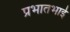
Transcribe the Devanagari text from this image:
प्रभातभाई